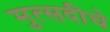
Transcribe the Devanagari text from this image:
मुत्सदीचे